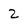
Character: 2